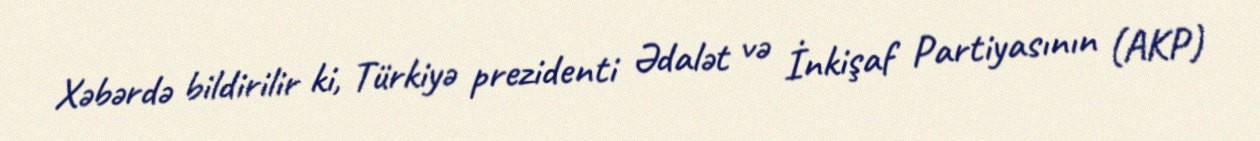
Xəbərdə bildirilir ki, Türkiyə prezidenti Ədalət və İnkişaf Partiyasının (AKP)